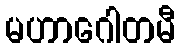
မဟာဂေါတမီ